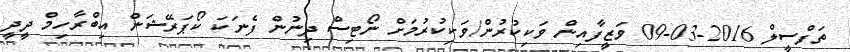
ތަފްސީލް 2016-03-09 ވަޒީފާއިން ވަކިކުރުން/ވަކިކުރުމަށް ނޯޓިސް ދިނުން ފެނަކަ ކޯޕަރޭޝަން އިބްރާހިމް ދީދީ